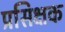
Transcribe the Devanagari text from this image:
प्रसिक्षक